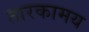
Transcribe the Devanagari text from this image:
तारकामय